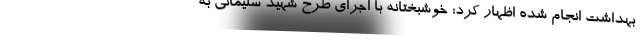
بهداشت انجام شده اظهار کرد: خوشبختانه با اجرای طرح شهید سلیمانی به